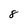
Character: 8